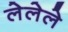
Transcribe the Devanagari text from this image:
लेलेले